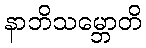
နာဘိသမ္ဘောတိ